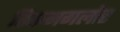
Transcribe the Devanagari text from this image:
चिकमगलोर